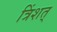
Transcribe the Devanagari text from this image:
त्रिंशत्